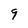
Character: 9